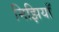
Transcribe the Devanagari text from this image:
मिझियाँ